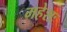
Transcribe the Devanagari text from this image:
महेशः